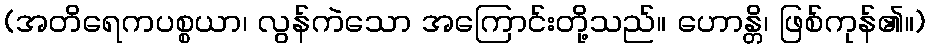
(အတိရေကပစ္စယာ၊ လွန်ကဲသော အကြောင်းတို့သည်။ ဟောန္တိ၊ ဖြစ်ကုန်၏။)